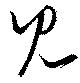
見